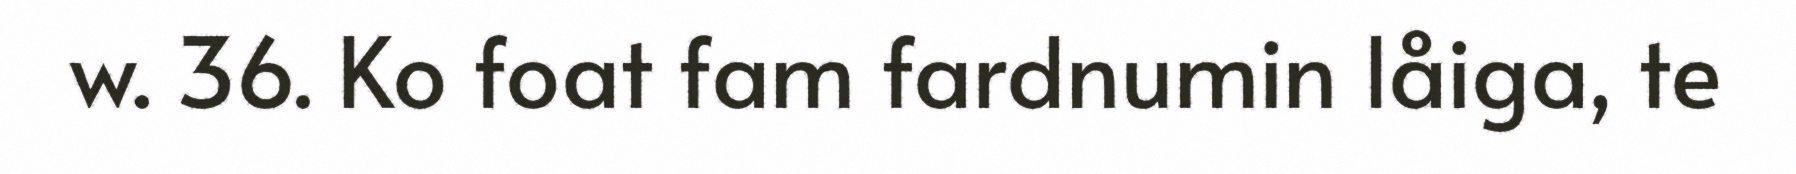
w. 36. Ko foat fam fardnumin låiga, te